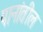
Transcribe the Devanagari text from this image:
पानांतील